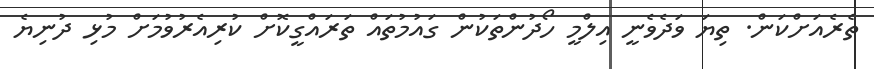
ތެރެއަށްކަން. ތިޔަ ވަދެވެނީ އިލްމީ ހޯދުންތަކުން ގައުމުތައް ތަރައްގީކޮށް ކުރިއެރުވުމަށް މުޅި ދުނިޔެ